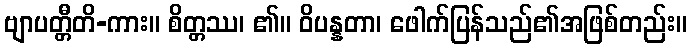
ဗျာပတ္တီတိ-ကား။ စိတ္တဿ၊ ၏။ ဝိပန္နတာ၊ ဖေါက်ပြန်သည်၏အဖြစ်တည်း။